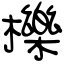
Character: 櫟